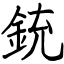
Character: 銃